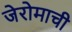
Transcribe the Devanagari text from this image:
जेरोमाची